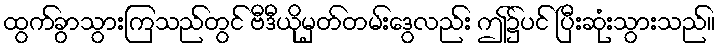
ထွက်ခွာသွားကြသည်တွင် ဗီဒီယိုမှတ်တမ်းဒွေလည်း ဤ၌ပင် ပြီးဆုံးသွားသည်။